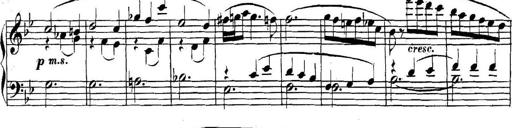
Title: Collected Piano Sonatas
Composer: Muzio Clementi